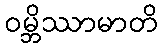
ဝမ္ဘိဿာမာတိ